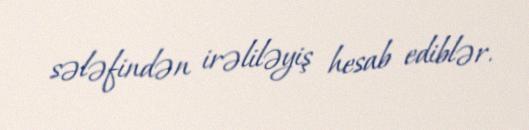
sələfindən irəliləyiş hesab ediblər.